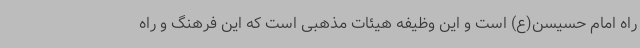
راه امام حسیسن(ع) است و این وظیفه هیئات مذهبی است که این فرهنگ و راه